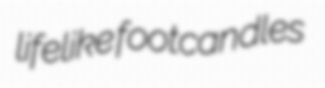
lifelike footcandles